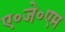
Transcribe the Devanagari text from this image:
ए०जे०एम